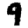
Digit: 9